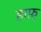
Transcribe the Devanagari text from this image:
हाफ़्